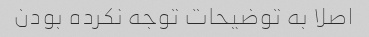
اصلا به توضیحات توجه نکرده بودن